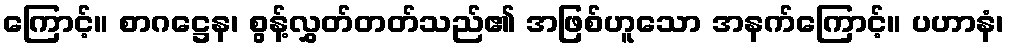
ကြောင့်။ စာဂဋ္ဌေန၊ စွန့်လွှတ်တတ်သည်၏ အဖြစ်ဟူသော အနက်ကြောင့်။ ပဟာနံ၊